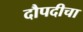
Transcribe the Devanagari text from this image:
दौपदीचा